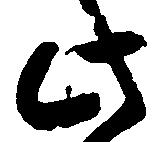
此